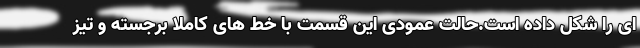
ای را شکل داده است.حالت عمودی این قسمت با خط های کاملا برجسته و تیز